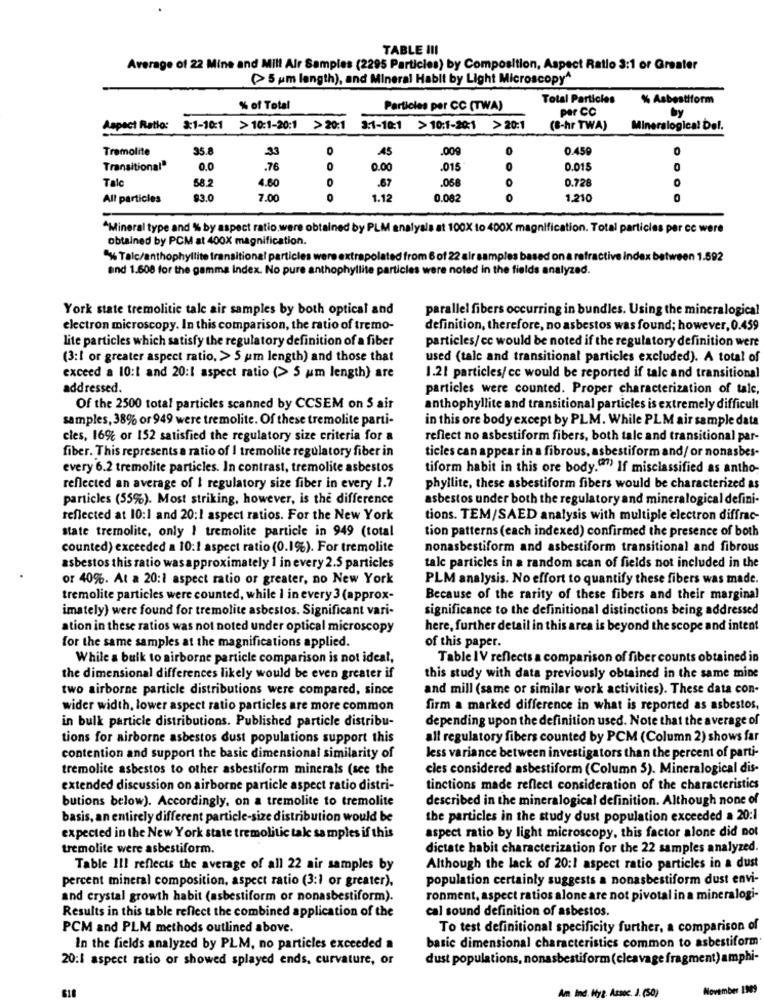
TABLE III
Average of 22 Mine and Mil! Alr Samples (2295 Particles) by Composition, Aspect Ratio 3:1 or Greater
(5 um length), and Mineral Habit by Light Microscopy^
Total Particles
% Asbestiform
% of Total
Particles per CC (TWA)
por CC
Aspect Ratio:
3:1-10:1 >10:1-20:1 >20:1
3:1-10:1 >10:1-20:1 >20:1
(8-hr TWA)
Mineralogical Del.
Tremolite
35.8
35
.45
009
0.459
Transitional"
0.0
.76
0.00
.015
0.015
0
Talc
4.60
.058
O
58.2
.67
0.728
All particles
$3.0
7.00
1.12
0.082
1.210
^Mineral type and % by aspect ratio.were obtained by PLM analyals at 100X to 400X magnification. Total particles per cc were
obtained by PCM at 400X magnification.
"% Talc/anthophyllite transitional particles were extrapolated from 6 of 22 air samples based on a refractive index between 1.592
and 1.608 for the gamma Index. No pure anthophyllite particles were noted in the fields analyzed.
York state tremolitic tale air samples by both optical and
parallel fibers occurring in bundles. Using the mineralogical
electron microscopy. In this comparison, the ratio of tremo-
definition, therefore, no asbestos was found; however, 0.459
lite particles which satisfy the regulatory definition of a fiber
particles/cc would be noted if the regulatory definition were
(3:1 or greater aspect ratio, > 5 um length) and those that
used (tale and transitional particles excluded). A total of
exceed a 10:1 and 20:1 aspect ratio (> 5 um length) are
1.21 particles/ cc would be reported if tale and transitional
addressed.
particles were counted. Proper characterization of talc,
Of the 2500 total particles scanned by CCSEM on 5 air
anthophyllite and transitional particles is extremely difficult
samples, 38% or 949 were tremolite. Of these tremolite parti-
in this ore body except by PLM. While PLM air sample data
cles, 16% or 152 satisfied the regulatory size criteria for a
reflect no asbestiform fibers, both tale and transitional par-
fiber. This represents a ratio of I tremolite regulatory fiber in
ticles can appear in a fibrous, asbestiform and/ or nonasbes-
every 6.2 tremolite particles. In contrast, tremolite asbestos
tiform habit in this ore body.(1) If misclassified as antho-
reflected an average of I regulatory size fiber in every 1.7
phyllite, these asbestiform fibers would be characterized as
particles (55%). Most striking, however, is the difference
asbestos under both the regulatory and mineralogical defini-
reflected at 10:1 and 20:1 aspect ratios. For the New York
tions. TEM/SAED analysis with multiple electron diffrac-
state tremolite, only 1 tremolite particle in 949 (total
tion patterns (each indexed) confirmed the presence of both
counted) exceeded a 10:1 aspect ratio (0.1%). For tremolite
nonasbestiform and asbestiform transitional and fibrous
asbestos this ratio was approximately 1 in every 2.5 particles
tale particles in a random scan of fields not included in the
or 40%. At a 20:1 aspect ratio or greater, no New York
PLM analysis. No effort to quantify these fibers was made.
tremolite particles were counted, while I in every 3 (approx-
Because of the rarity of these fibers and their marginal
imately) were found for tremolite asbestos. Significant vari-
significance to the definitional distinctions being addressed
ation in these ratios was not noted under optical microscopy
here, further detail in this area is beyond the scope and intent
for the same samples at the magnifications applied.
of this paper.
While a bulk to airborne particle comparison is not ideal,
Table IV reflects a comparison of fiber counts obtained in
the dimensional differences likely would be even greater if
this study with data previously obtained in the same mine
two airborne particle distributions were compared, since
and mill (same or similar work activities). These data con-
wider width, lower aspect ratio particles are more common
firm a marked difference in what is reported as asbestos,
in bulk particle distributions. Published particle distribu-
depending upon the definition used. Note that the average of
tions for airborne asbestos dust populations support this
all regulatory fibers counted by PCM (Column 2) shows far
contention and support the basic dimensional similarity of
less variance between investigators than the percent of parti-
tremolite asbestos to other asbestiform minerals (see the
cles considered asbestiform (Column 5). Mineralogical dis-
extended discussion on airborne particle aspect ratio distri-
tinctions made reflect consideration of the characteristics
butions below). Accordingly, on a tremolite to tremolite
described in the mineralogical definition. Although none of
basis, an entirely different particle-size distribution would be
the particles in the study dust population exceeded a 20:1
expected in the New York state tremolitic tale samples if this
aspect ratio by light microscopy, this factor alone did not
tremolite were asbestiform.
dictate habit characterization for the 22 samples analyzed.
Table 111 reflects the average of all 22 air samples by
Although the lack of 20:1 aspect ratio particles in a dust
percent mineral composition, aspect ratio (3:1 or greater),
population certainly suggests a nonasbestiform dust envi-
and crystal growth habit (asbestiform or nonasbestiform).
ronment, aspect ratios alone are not pivotal in a mineralogi-
Results in this table reflect the combined application of the
cal sound definition of asbestos.
PCM and PLM methods outlined above.
To test definitional specificity further, a comparison of
In the fields analyzed by PLM, no particles exceeded a
basic dimensional characteristics common to asbestiform
20:1 aspect ratio or showed splayed ends, curvature, or
dust populations, nonasbestiform (cleavage fragment) amphi-
November 1949